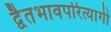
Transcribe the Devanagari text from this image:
द्वैतभावपरित्यागी